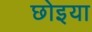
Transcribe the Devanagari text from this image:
छोइया